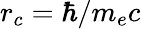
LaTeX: r_{c}=\hbar/m_{e}c